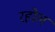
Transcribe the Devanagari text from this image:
रहोल